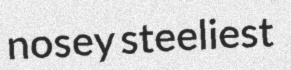
nosey steeliest